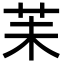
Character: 苿